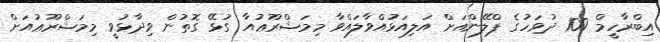
އިބްރާހީމް 100 ދުވަހުގެ ޕްލޭންއަށް އަލިއަޅުއްވާލައްވާ މިމަޝްރޫޢުއާ ގުޅޭ ގޮތުން ވިދާޅުވީ މިމަޝްރޫޢުއަށް